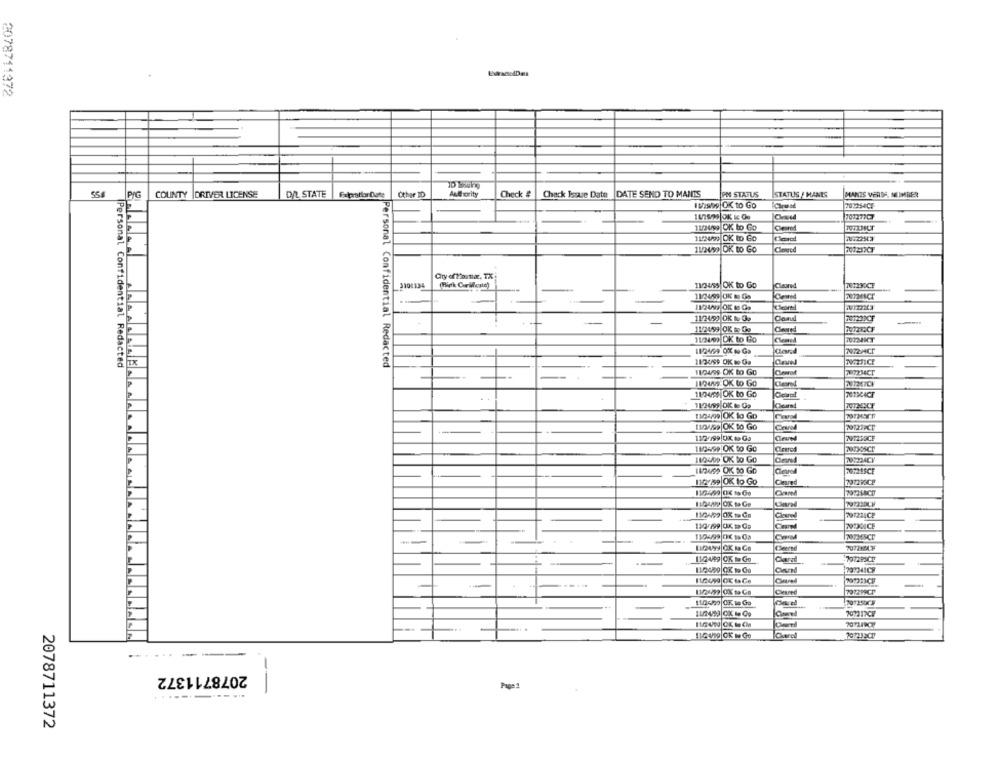
2078711372
PYG
COUNTY |DRIVER LICENSE
D/L STATE
Other TD
Authority
Check #
Check Issue Date DATE SEND TO MANTS
PM STATUS
STATUS / MANES
MEANIS VERDE, MIMRER
IMISS OK to Go
Chewed
201254CF
70727703
11/24/99 OK to Go
Cleared
11.2499 OK to GO
11/2499 OK to GO
Clorcd
3104134
(Rick Crilcate)
1124/55 OK to Go
Cleared
11/2499 UK B Gs
Cleared
112499 DK No Go
Cond
-
11/24/99 OK to Go
Cleved
11/2499 DK to Go
11/2499 OK so Ga
7972HCP
Personal Confidential Redacted
TX
Personal Confidential Redacted
112499 OK & Ga
1124/99 OK to Go
--
11245 OK to GO
11/24/99|OK to Go
101304CE
Cleared
11/2495 OK te Gs
110409|OK to Go
IMOVI99|OK to Go
70127PCT
11/2/199|OK 19 Ga
Ciruw
791233CF
112499 OK to Go
Cleared
112409 OK to Go
11245) OK to Go
Cleared
110759|OK to Go
Cleared
110499 OK to Ge
110-199 |OK 19 Ca
70728MY
110499 CK to Go
Clarad
112429 CK to Go
Chand
707M4ICE
11/2099 OK ta Ce
201221CE
Cleared
721299CP
110490 0K 1 Go
201250CF
2012317CV
.--
2078711372
Page:
----------..
2078711372